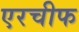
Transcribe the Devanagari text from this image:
एरचीफ